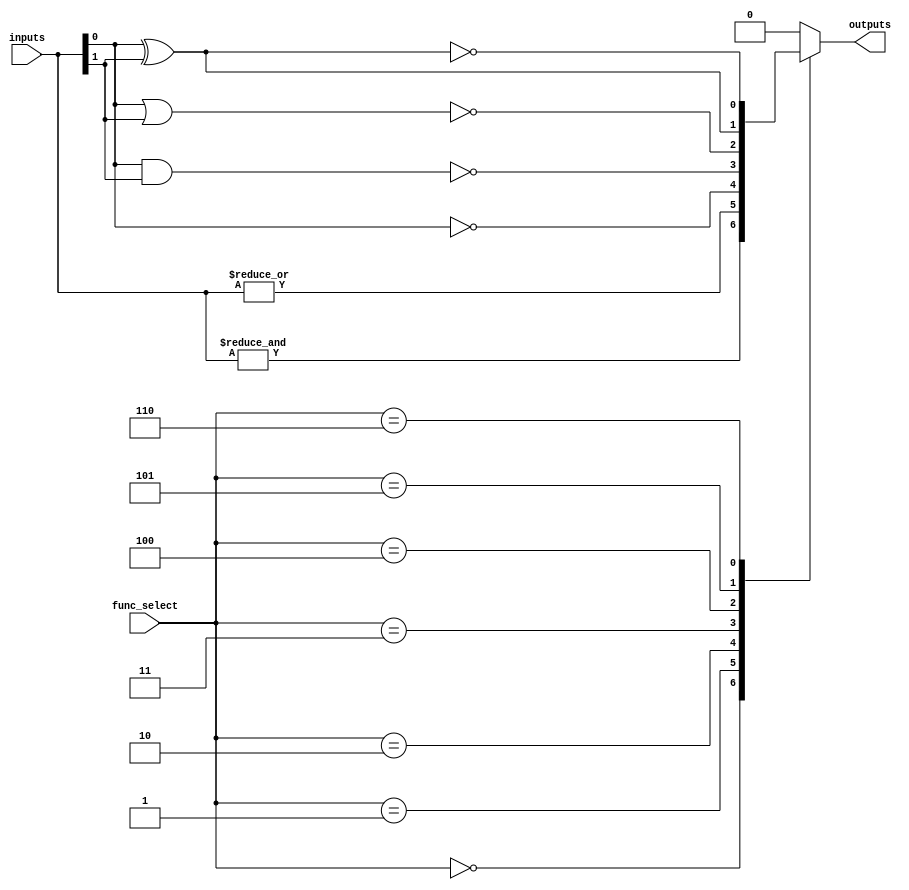
module combinational_logic_block #(
    parameter N = 4, // Number of inputs
    parameter M = 1   // Number of outputs
)(
    input  [N-1:0]  inputs,      // N-bit input vector
    input  [3:0]    func_select,  // Function select lines (4 bits for 16 functions)
    output reg [M-1:0] outputs    // M-bit output vector
);

// Function select encoding
localparam AND_FUNC  = 4'b0000;
localparam OR_FUNC   = 4'b0001;
localparam NOT_FUNC  = 4'b0010; // NOT only works for single input
localparam NAND_FUNC = 4'b0011;
localparam NOR_FUNC  = 4'b0100;
localparam XOR_FUNC  = 4'b0101;
localparam XNOR_FUNC = 4'b0110;
// Add more functions as needed

always @(*) begin
    case (func_select)
        AND_FUNC:  outputs = &inputs;                     // AND operation
        OR_FUNC:   outputs = |inputs;                     // OR operation
        NOT_FUNC:  outputs = ~inputs[0];                  // NOT operation (only for first input)
        NAND_FUNC: outputs = ~(inputs[0] & inputs[1]);   // NAND operation (for 2 inputs)
        NOR_FUNC:  outputs = ~(inputs[0] | inputs[1]);   // NOR operation (for 2 inputs)
        XOR_FUNC:  outputs = inputs[0] ^ inputs[1];      // XOR operation (for 2 inputs)
        XNOR_FUNC: outputs = ~(inputs[0] ^ inputs[1]);    // XNOR operation (for 2 inputs)
        // Additional logic functions can be added here
        default:   outputs = {M{1'b0}};                   // Default case
    endcase
end

endmodule